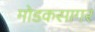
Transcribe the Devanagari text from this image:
मोडकसागर